Medical and sanitary report of the native army of Bengal for the year
Year: 1877
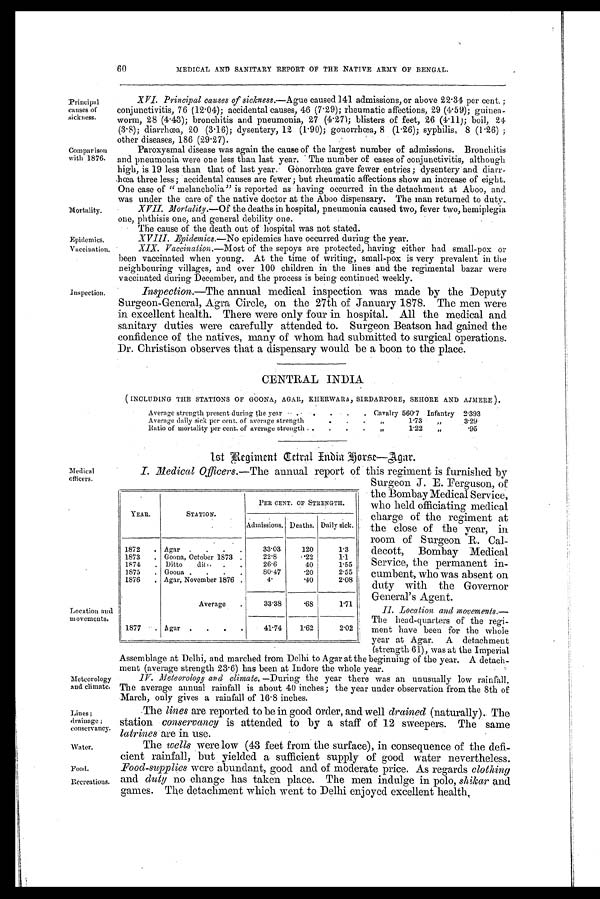
Mortality.
Epidemics.
Vaccination.
60
MEDICAL AND SANITARY REPORT OF THE NATIVE ARMY OF BENGAL.
Principal
causes of
sickness.
Comparison ison
with 1876.
Inspection.
XVI. Principal causes of sickness.— Ague caused 141 admissions, or above 22.34 per cent ;
conjunctivitis, 76 (12.04); accidental causes, 46 (7.29); rheumatic affections, 29 (4.59); guinea-
worm, 28 (4.43); bronchitis and pneumonia, 27 (4.27); blisters of feet, 26. (4.11); boil, 24
(3.8); diarrhœa, 20 (3.16); dysentery, 12 (1.90); gonorrhœa, 8 (1.26); syphilis, 8 (1.26);
other diseases, 186 (29.27).
Paroxysmal disease was again the cause of the largest number of admissions. Bronchitis
and pneumonia were one less than last year. The number of cases of conjunctivitis, although
high, is 19 less than that of last year. Gonorrhœa gave fewer entries; dysentery and diarr
-hœa three less; accidental causes are fewer; but rheumatic affections show an increase of eight.
One case of “melancholia” is reported as having occurred in the detachment at Aboo, and.
was under the care of the native doctor at the Aboo dispensary. The man returned to duty.
XVII. Mortality.—Of the deaths in hospital, pneumonia caused two, fever two, hemiplegia
one, phthisis one, and general debility one.
• The cause of the death out of hospital was not stated.
X V I I I . E p i d e m i c s . —
N o
e p i d e m i c s h a v e o c c u r r e d d u r i n g t h e y e a r .
XIX. Vaccination.—Most of the sepoys are protected, having either had small-pox or
been vaccinated when young. At the time of writing, small-pox is very prevalent in the
neighbouring villages, and over 100 children in the lines and the regimental bazar were
vaccinated during December, and the process is being continued weekly.
Inspection.—The annual medical inspection was made by the Deputy
Surgeon-General, Agra Circle, on the 27th of January 1878. The men were
in excellent health. There were only four in hospital. All the medical and
sanitary duties were carefully attended to. Surgeon Beatson had gained the
confidence of the natives, many of whom had submitted to surgical operations.
Dr. Christison observes that a dispensary would be a boon to the place.
CENTRAL INDIA
( INCLUDING THE STATIONS OF GOONA, AGAR, KHERWARA, SIRDARPORE, SEHORE AND AJMERE).
Average strength present during the year . .
.
.
.
.
Cavalry 560.7 Infantry 2.393
Average daily sick per cent. of average strength
.
.
.
.
. 1.73
”
3.29
Ratio of mortality per cent. of average strength . .
.
.
•
.
1.22
”
.95
1st Regiment Cetral India Borse—Agar.
Medical
officers.
Location and
movements.
Meteorology
and climate.
Lines;
drainage;
conservancy.
Water.
Food.
Recreations.,
Surgeon J. E. Ferguson, of
t h e B o m b a y M e d i c a l S e r v i c e , W h o h e l d o f f i c i a t i n g m e d i c a l
charge of the regiment at
• the close of the year, in
room of Surgeon R. Cal-
decott, Bombay Medical
Service, the permanent in-
cumbent, who was absent on
duty with the Governor
General's Agent.
1I. Location and movements.
The head-quarters of the regi-
ment have been for the whole
year at Agar. A detachment
(strength 61), was at the Imperial
Assemblage at Delhi, and marched from Delhi to Agar at the beginning of the year. A detach-
ment (average strength 23.6) has been at Indore the whole year.
IV. MeorologY and climate. — During the year there was an unusually low rainfall.
The average annual rainfall is about 40 inches; the year under observation from the 8th of
March, only gives a rainfall of 16.8 inches.
The lines are reported to be in good order, and well drained (naturally). The
station conservancy is attended to by a staff of 12 sweepers. The same
latrines are in use.
The wells were low (43 feet from the surface), in consequence of the defi-
cient rainfall, but yielded a sufficient supply of good water nevertheless.
Food-supplies were abundant, good and of moderate price. As regards clothing
and duty no change has taken place. The men indulge in polo, shiKar and
games. The detachment which went to Delhi enjoyed excellent health.
YEAR.
STATION.
PER CENT. OF STRENGTH.
Admissions. Deaths. Daily sick.
1872
. Agar .
•
.
.
33.03
120
1.3
1873
. Gonna, October 1873 .
22.8
.22
1.1
1874
. Ditto
ditto .
.
26.6
40
1.55
1875
. Goona .
.
.
.
80.47
.20
2.55
1876
. Agar, November 1876 .
4.
.40
2.08
Average
.
33.38
.68
1.71
1877 .
Agar .
.
.
.
41.74
1.62
2.02